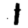
Digit: 1